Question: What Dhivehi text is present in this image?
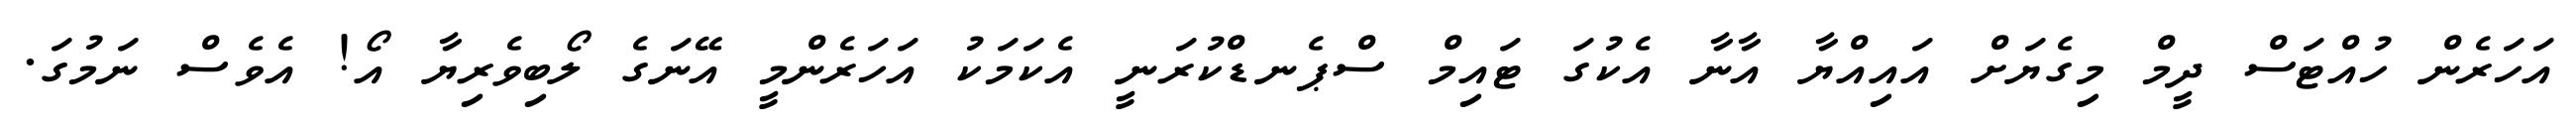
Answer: އަހަރެން ހުއްޓަސް ދީމް މިގެޔަށް އައިއްޔާ އާނާ އެކުގަ ޓައިމް ސްޕެނޑްކުރަނީ އެކަމަކު އަހަރެންމީ އޭނަގެ ލޯބިވެރިޔާ އޯ! އެވެސް ނަމުގަ.